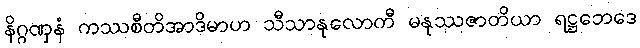
နိဂ္ဂဏှနံ ကဿစီတိအာဒိမာဟ သီသာနုလောကီ မနုဿဇာတိယာ ရဋ္ဌဘေဒေ